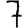
Digit: 7